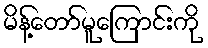
မိန့်တော်မူကြောင်းကို